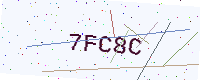
Text: 7FC8C